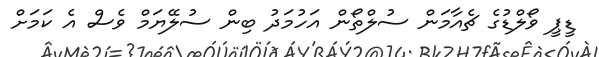
ޑީޕީ ވޯލްޑުގެ ޗެއާމަން ސުލްތޯން އަހުމަދު ބިން ސުލޭޔަމް ވެސް އެ ކަމަށް